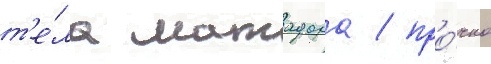
т'е́ла матадора / про́чно